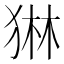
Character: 𭸓